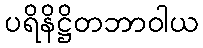
ပရိနိဋ္ဌိတဘာဝါယ